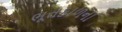
ભૂતકાળના